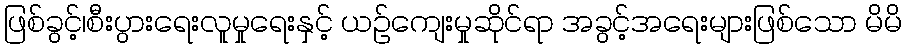
ဖြစ်ခွင့်၊စီးပွားရေးလူမှုရေးနှင့် ယဉ်ကျေးမှုဆိုင်ရာ အခွင့်အရေးများဖြစ်သော မိမိ